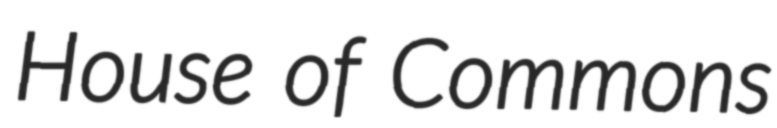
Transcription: House of Commons